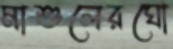
মাশুলেরঘো